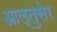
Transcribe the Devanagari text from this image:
आल्तुसेर